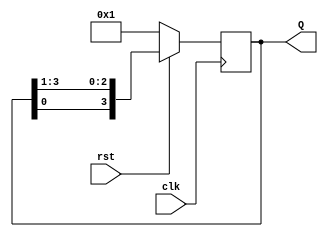
module ring_counter(clk,rst,Q);
  input clk,rst;
  parameter width =4;
  output reg [width-1:0]Q;
  always@(posedge clk)
    begin
      if (~rst) 
        Q[width-1:0]=1;
      else
        Q[width-1:0] = {(Q[0]),Q[width-1:1]};
      
    end

endmodule